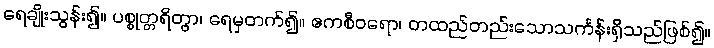
ရေချိုးသွန်း၍။ ပစ္စုတ္တရိတွာ၊ ရေမှတက်၍။ ဧကစီဝရော၊ တထည်တည်းသောသင်္ကန်းရှိသည်ဖြစ်၍။